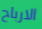
الارباح